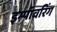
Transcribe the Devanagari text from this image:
इम्पॉवरिंग